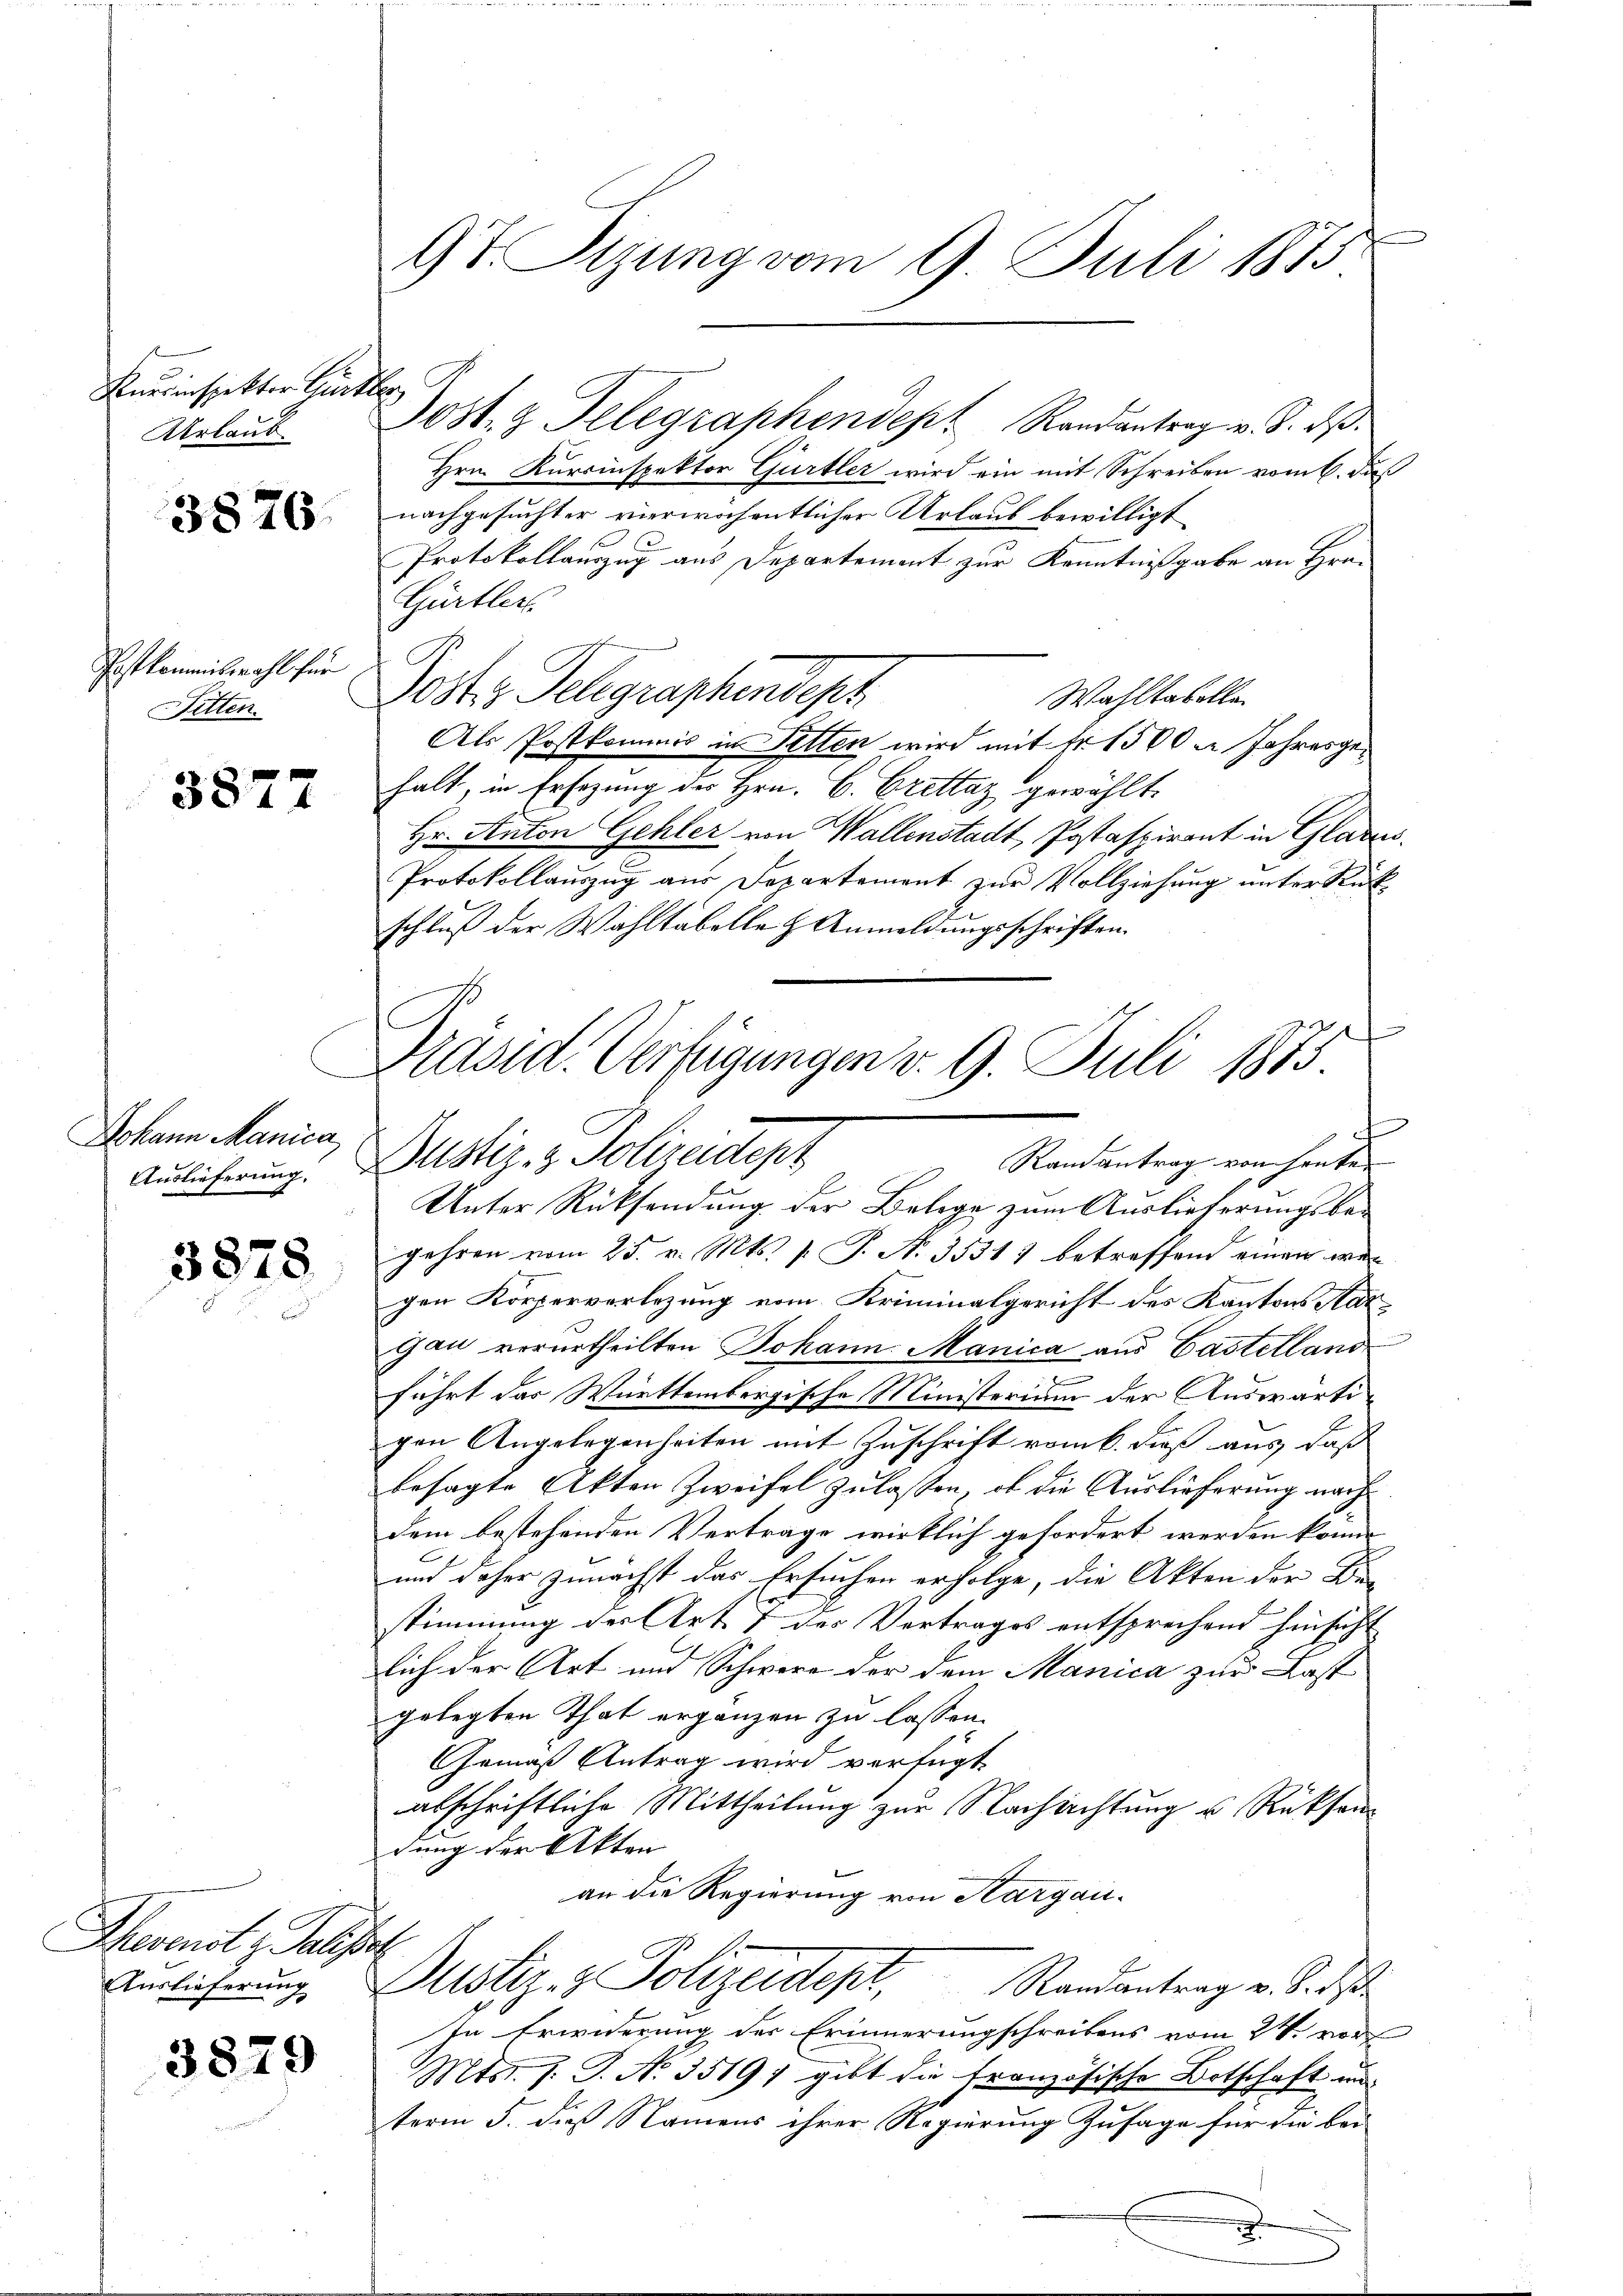
Fuerinspektor Gürtler
Urlaub.

3876.

Postkommiswahl für
Sitten.

3877

Johann Manica

3878

Pheenst u. Plisser

3829

9t. Sizung vom 9. Juli 1873

ost. z. Telegraphendept Randantrag v. 8. dβ.
Hrn. Kursinspektor Gurtler wird ein mit Schreiben vom 6. das
nachgesuchter vierwöchentlicher Urlaub bewilligt
Protokollauszug aus Departement zur Kenntnißgabe an Hrn.
Gürtler
Post Telegraphendept
Wahltakolle
Als Postkommis in Sitten wird mit fr. 1500 u. Jahresgehalt, in Ersezung des Hrn. C. Crettaz gewählt.
Hr. Anton Gehler von Wallenstadt, Postafpiront in Glarus.
Protokollauszug aus Departement zur Vollziehung unter Rückschluß der Wahltabelle & Anmeldungsschriften.
f
.
Unter Rücksendung der Belege zum Auslieferungsbegehren vom 25. v. Mts. 1. P. N. 3531) betreffend einen wergen Körperverlegung vom Kriminalgericht des Kantons Aar¬
Gau verurtheilten Johann Manica aus Castelland
führt das Württembergische Ministerium der Auswärtigen Angelegenheiten mit Zuschrift vom 6. daß aus, daß
besagte Akten Zweifel zulassen, ob die Auslieferung nachdem bestehenden Vertrage wirklich gefordert werden könne
und daher zunächst das Ersuchen erfolge, die Akten der Be-
stimmung der Art. 7 des Vertrages entsprechend hinsicht
lich der Art und Schwere der dem Manica zur Last
gelegten That ergänzen zu lassen.
Gemäß Antrag wird verfügt
abschriftliche Mittheilung zur Nachachtung u. Rücksendung der Akten
an die Regierung von Aargau¬
Aerlicherŭng, Justiz- & Polizeidept, Randantrag v. S. di
In Erwiderung der Erinnerungschreibens vom 24. vor
Mtsr. J. J. No. 3519; gibt die französische Botschaft und
term 5. dieß Namens ihrer Regierung Zusage für die bei
x

Präsid. Verfügungen v. 9. Juli 1875
Randantrag von heuten
Ausicherung. Justiz- & Polizeidept